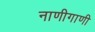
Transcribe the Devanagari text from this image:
नाणीगाणी